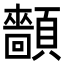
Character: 𩕡